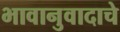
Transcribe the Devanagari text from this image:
भावानुवादाचे